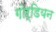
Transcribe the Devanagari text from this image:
गोर्डियन